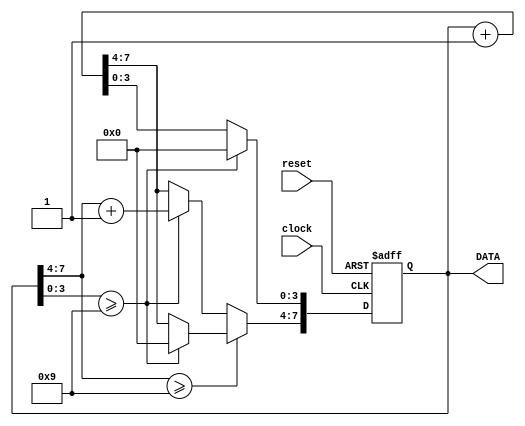
`timescale 1ns / 1ps
//////////////////////////////////////////////////////////////////////////////////
// Company: 
// Engineer: 
// 
// Design Name: 
// Module Name: counter
// Project Name: 
// Target Devices: 
// Tool Versions: 
// Description: 
// 
// Dependencies: 
// 
// Revision:
// Revision 0.01 - File Created
// Additional Comments:
// 
//////////////////////////////////////////////////////////////////////////////////


module counter(reset, clock, DATA);
    input clock, reset;
    output reg [7:0] DATA;
    initial DATA = 0;
    
    always @(posedge clock or posedge  reset) begin
        if (reset) begin        // if the reset button is pressed, DATA = 0
            DATA <= 0;
        end
        else begin
            if (DATA[7:4] >= 9) begin   // if DATA >= 90
                if (DATA[3:0] >= 9) begin   // if DATA >= 99, then DATA = 0
                    DATA <= 0;
                end
                else begin                  // if 90 <= DATA < 99, then DATA++
                    DATA <= DATA + 1;
                end                    
            end
            else begin                  // if DATA < 90
                if (DATA[3:0] >= 9) begin       // if DATA == X9, 
                    DATA[7:4] <= DATA[7:4] + 1; // then DATA_decimal = X + 1
                    DATA[3:0] <= 0;             // and DATA_unit = 0
                end
                else begin 
                    DATA <= DATA + 1;
                end
            end
        end  
    end
endmodule